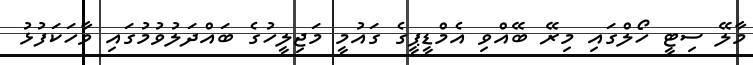
މާލޭ ސިޓީ ހޯލްގައި މިރޭ ބޭއްވި އެމްޑީޕީގެ ގައުމީ މަޖިލީހުގެ ބައްދަލުވުމުގައި ވާހަކަފުޅު